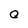
Character: 0